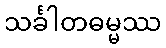
သင်္ခါတဓမ္မဿ